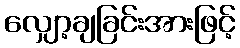
လျှော့ချခြင်းအားဖြင့်